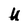
Character: U